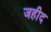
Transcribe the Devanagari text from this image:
जहीद